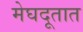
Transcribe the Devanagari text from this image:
मेघदूतात